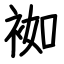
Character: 袽